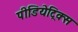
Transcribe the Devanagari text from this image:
पीडियेट्रिक्स